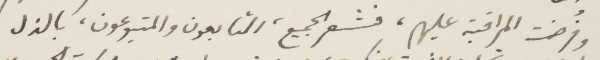
وفرضت المراقبة عليهم، فشعر الجميع، التابعون والمتبوعون، بالذل